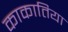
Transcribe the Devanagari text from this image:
काकातिया